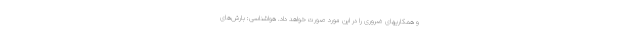
و همکاریهای ضروری را در این مورد صورت خواهد داد. هواشناسی: بارش‌های